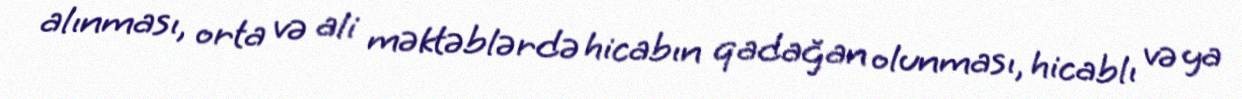
alınması, orta və ali məktəblərdə hicabın qadağan olunması, hicablı və ya